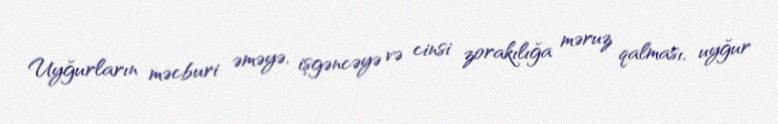
Uyğurların məcburi əməyə, işgəncəyə və cinsi zorakılığa məruz qalması, uyğur